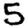
Digit: 5